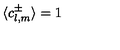
\langle c _ { l , m } ^ { \pm } \rangle = 1